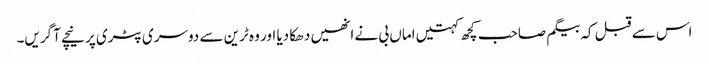
اس سے قبل کہ بیگم صاحب کچھ کہتیں اماں بی نے انھیں دھکا دیا اور وہ ٹرین سے دوسری پٹری پر نیچے آگریں۔